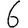
Digit: 6